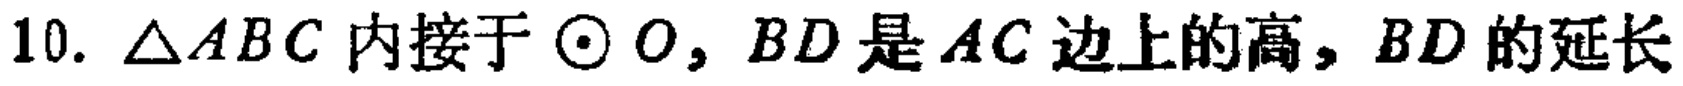
10. $\triangle ABC$ 内接于 $\odot O$, $BD$ 是 $AC$ 边上的高, $BD$ 的延长